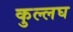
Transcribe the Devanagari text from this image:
कुल्लघ